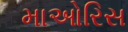
માઓરિસ